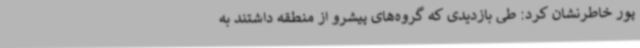
پور خاطرنشان کرد: طی بازدیدی که گروه‌های پیشرو از منطقه داشتند به